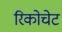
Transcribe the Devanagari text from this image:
रिकोचेट